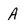
Character: A